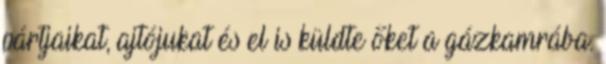
pártjaikat, ajtójukat és el is küldte őket a gázkamrába.